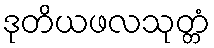
ဒုတိယဖလသုတ္တံ